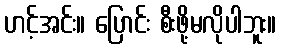
ဟင့်အင်း။ ပြောင်း စီးဖို့မလိုပါဘူး။